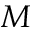
M